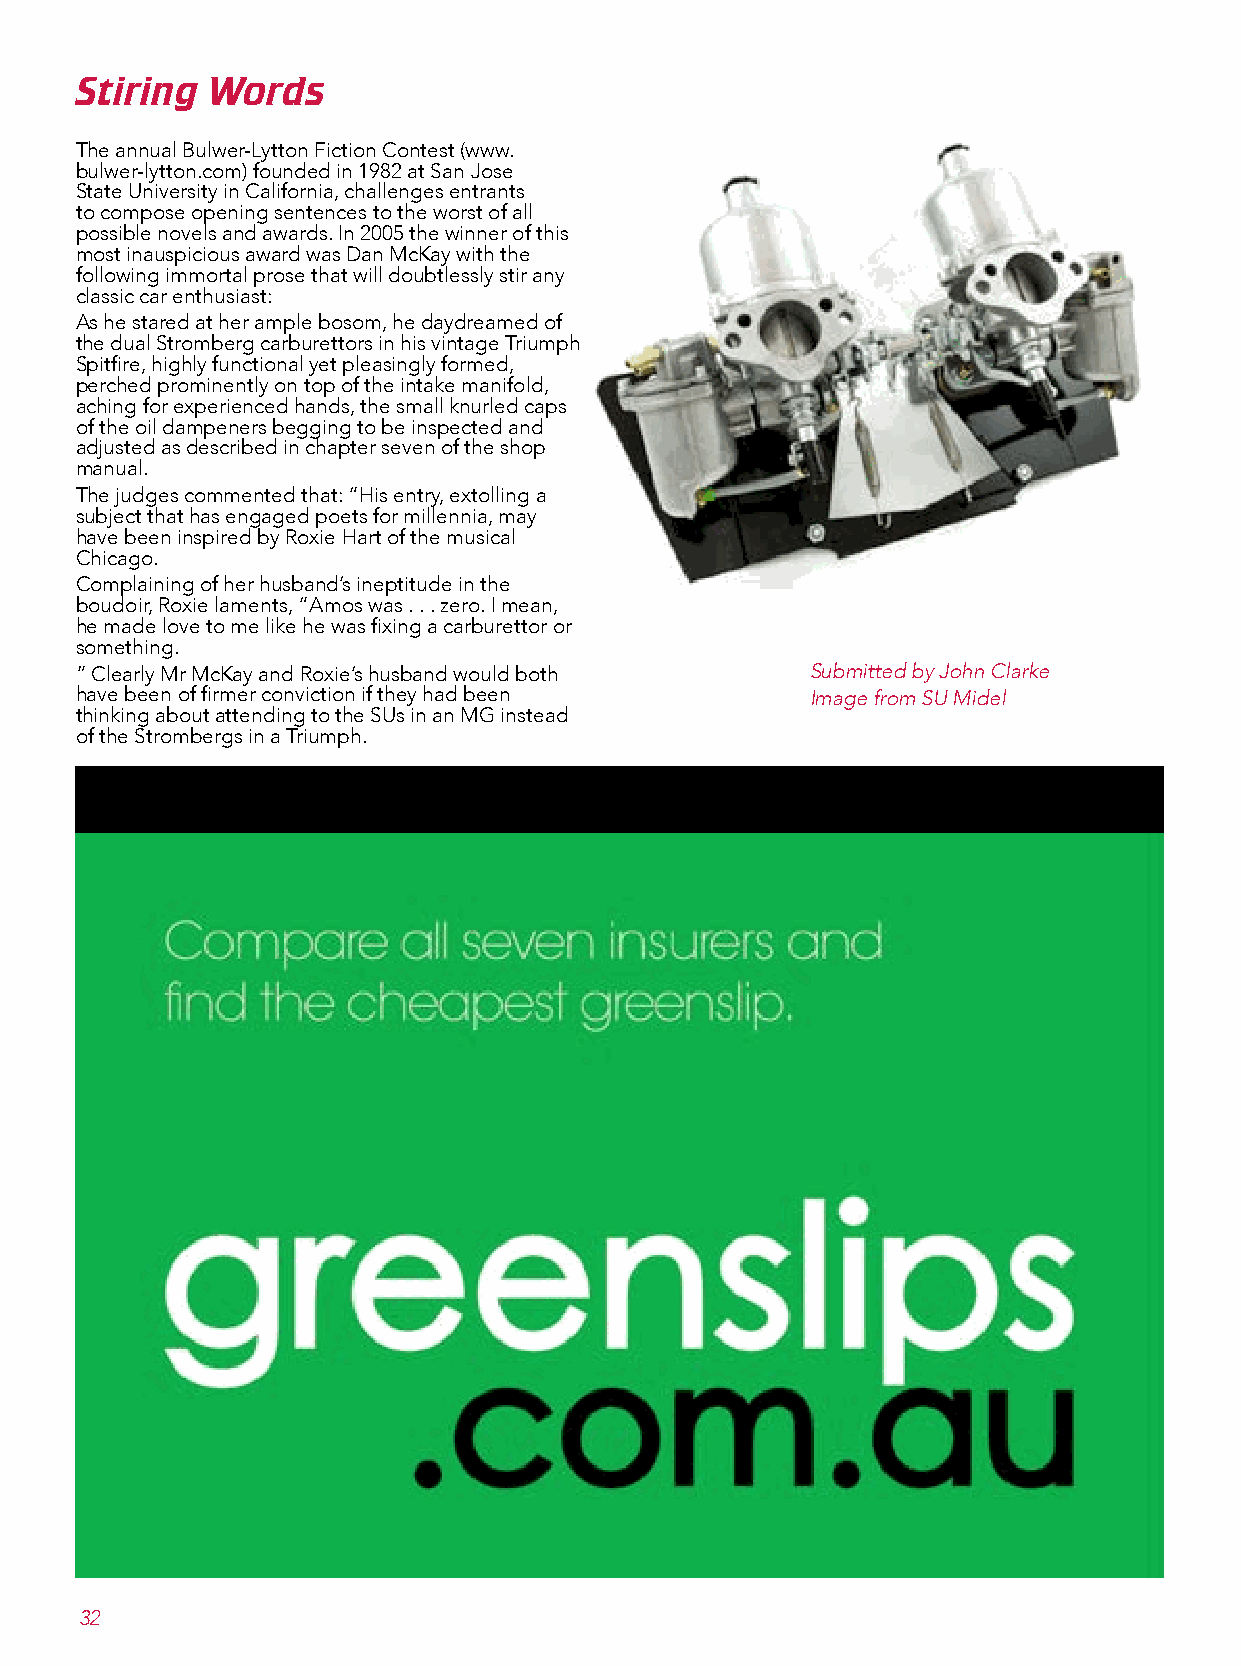
The annual Bulwer-Lytton Fiction Contest (www.
 bulwer-lytton.com) founded in 1982 at San Jose
 State University in California, challenges entrants
 Sto tcoimripnosge o pWeniongr sdenstences to the worst of all
 possible novels and awards. In 2005 the winner of this
 most inauspicious award was Dan McKay with the
 following immortal prose that will doubtlessly stir any
 classic car enthusiast:
 As he stared at her ample bosom, he daydreamed of
 the dual Stromberg carburettors in his vintage Triumph
 Spitfire, highly functional yet pleasingly formed,
 perched prominently on top of the intake manifold,
 aching for experienced hands, the small knurled caps
 of the oil dampeners begging to be inspected and
 adjusted as described in chapter seven of the shop
 manual.
 The judges commented that: “His entry, extolling a
 subject that has engaged poets for millennia, may
 have been inspired by Roxie Hart of the musical
 Chicago.
 Complaining of her husband’s ineptitude in the
 boudoir, Roxie laments, “Amos was . . . zero. I mean,
 he made love to me like he was fixing a carburettor or
 something.
 ” Clearly Mr McKay and Roxie’s husband would both Submitted by John Clarke
 have been of firmer conviction if they had been  Image from SU Midel
 thinking about attending to the SUs in an MG instead
 of the Strombergs in a Triumph.
 32